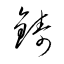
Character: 鋳